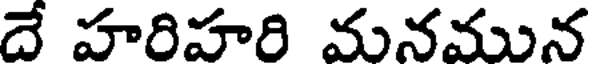
దే హరిహరి మనమున